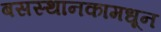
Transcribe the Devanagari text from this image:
बसस्थानकामधून